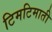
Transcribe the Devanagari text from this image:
टिमटिमाती